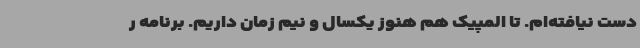
دست نیافته‌ام. تا المپیک هم هنوز یکسال و نیم زمان داریم. برنامه ر